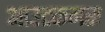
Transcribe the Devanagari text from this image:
आउटकमस